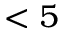
< 5